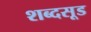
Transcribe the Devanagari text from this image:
शब्दसूड